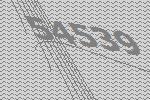
54539